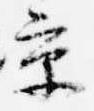
京